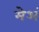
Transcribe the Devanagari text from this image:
मेअं